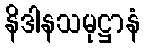
နိဒါနသမုဋ္ဌာနံ